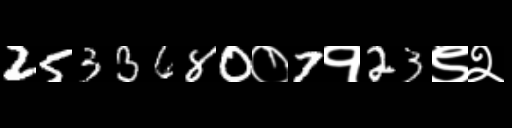
Text: 2533680०7१23९२